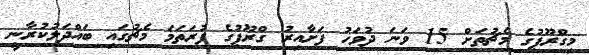
މިގްރޫޕުގެ މެޗުތަށް 15 ވަނަ ދުވަހު ފަށާއިރު ގްރޫޕުގެ ފުރަތަމަ މެޗުގައި ބައްދަލުކުރާނީ